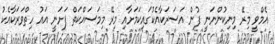
އެމްވީ މިރޭ މިނިކުންނަނީ ފުން އަސަރަކާއެކުގައިކަމަށާއި މިރޭ މިމަސައްކަތް ފަށަނީ އައު ހިތްވަރަކާއެކު